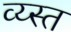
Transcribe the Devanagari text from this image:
व्य्स्त